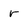
Character: r